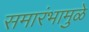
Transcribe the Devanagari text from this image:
समारंभामुळे